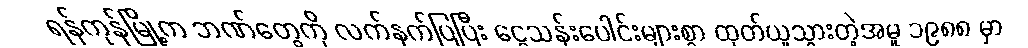
ရန်ကုန်မြို့က ဘဏ်တွေကို လက်နက်ပြပြီး ငွေသန်းပေါင်းများစွာ ထုတ်ယူသွားတဲ့အမှု ၁၉၈၈ မှာ